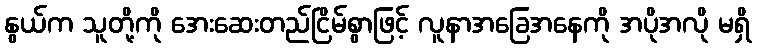
နွယ်က သူတို့ကို အေးဆေးတည်ငြိမ်စွာဖြင့် လူနာအခြေအနေကို အပိုအလို မရှိ